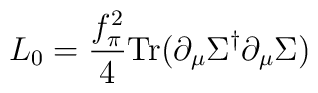
L_0={f_\pi^2\over 4}{\rm Tr}(\partial_\mu \Sigma^\dagger \partial_\mu \Sigma)